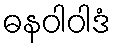
ဓနဝါဝါဒံ